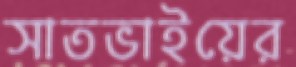
সাতভাইয়ের